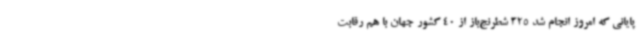
پایانی که امروز انجام شد 325 شطرنج‌باز از 40 کشور جهان با هم رقابت